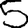
Digit: 5